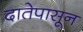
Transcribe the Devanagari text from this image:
दातेपासून